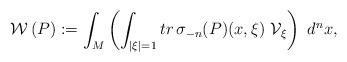
LaTeX: \begin{align*}\mathcal{W}\,(P) := \int _{M} \left ( \int _{|\xi |=1} tr\, \sigma _{-n}(P)(x,\xi )~ {\mathcal V}_{\xi}\right )~ d^{n} x,\end{align*}